Report on vaccination in Madras 1904-1921 - 1904-1921
Year: 1904
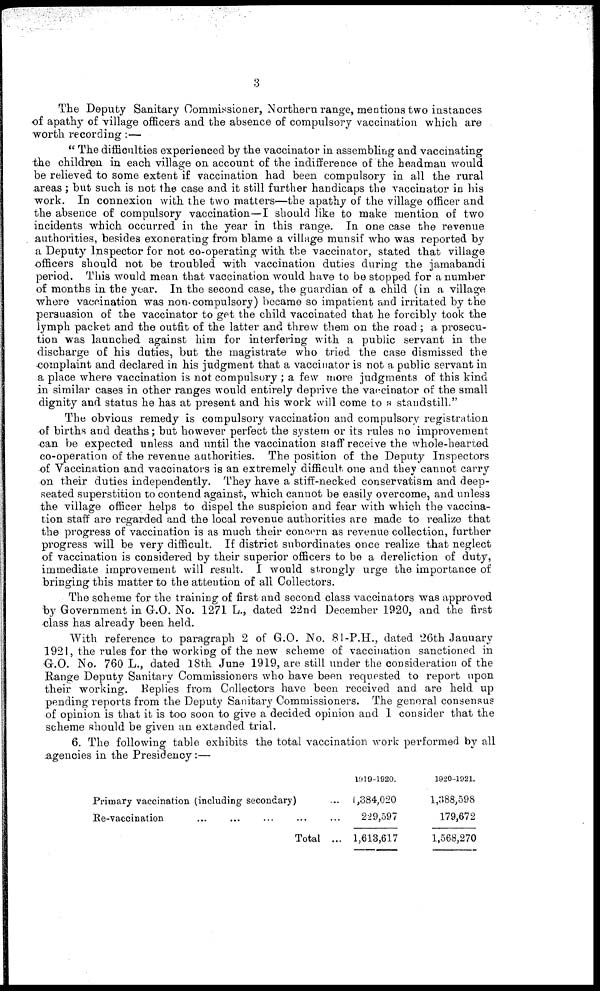
3
The Deputy Sanitary Commissioner, Northern range, mentions two instances
of apathy of village officers and the absence of compulsory vaccination which are
worth recording:—
" The difficulties experienced by the vaccinator in assembling and vaccinating
the children in each village on account of the indifference of the headman would
be relieved to some extent if vaccination had been compulsory in all the rural
areas; but such is not the case and it still further handicaps the vaccinator in his
work. In connexion with the two matters—the apathy of the village officer and
the absence of compulsory vaccination—I should like to make mention of two
incidents which occurred in the year in this range. In one case the revenue
. authorities, besides exonerating from blame a village munsif who was reported by
a Deputy Inspector for not co-operating with the vaccinator, stated that village
officers should not be troubled with vaccination duties during the jamabandi
period. This would mean that vaccination would have to be stopped for a number
of months in the year. In the second case, the guardian of a child (in a village
where vaccination was non compulsory) became so impatient and irritated by the
persuasion of the vaccinator to get the child vaccinated that he forcibly took the
lymph packet and the outfit of the latter and threw them on the road ; a prosecu-
tion was launched against him for interfering with a public servant in the
discharge of his duties, but the magistrate who tried the case dismissed the
complaint and declared in his judgment that a vaccinator is not a public servant in
a place where vaccination is not compulsory ; a few more judgments of this kind
in similar cases in other ranges would entirely deprive the vaccinator of the small
dignity and status he has at present and his work will come to a standstill."
The obvious remedy is compulsory vaccination and compulsory registration
of births and deaths ; but however perfect the system or its rules no improvement
can be expected unless and until the vaccination staff receive the whole-hearted
co-operation of the revenue authorities. The position of the Deputy Inspectors
of Vaccination and vaccinators is an extremely difficult one and they cannot carry
on their duties independently. They have a stiff-necked conservatism and deep-
seated superstition to contend against, which cannot be easily overcome, and unless
the village officer helps to dispel the suspicion and fear with which the vaccina-
tion staff are regarded and the local revenue authorities are made to realize that
the progress of vaccination is as much their concern as revenue collection, further
progress will be very difficult. If district subordinates once realize that neglect
of vaccination is considered by their superior officers to be a dereliction of duty,
immediate improvement will result. I would strongly urge the importance of
bringing this matter to the attention of all Collectors.
The scheme for the training of first and second class vaccinators was approved
by Government in G.O. No. 1271 L., dated 22nd December 1920, and the first
class has already been held.
With reference to paragraph 2 of G.O. No. 81-P.H., dated 26th January
1921, the rules for the working of the new scheme of vaccination sanctioned in
G.O. No. 760 L., dated 18th June 1919, are still under the consideration of the
Range Deputy Sanitary Commissioners who have been requested to report upon
their working. Replies from Collectors have been received and are held up
pending reports from the Deputy Sanitary Commissioners. The general consensus
of opinion is that it is too soon to give a decided opinion and I consider that the
scheme should be given an extended trial.
6. The following table exhibits the total vaccination work performed by all
agencies in the Presidency:—
Primary vaccination (including secondary)
Re-vaccination
Total ...
1919-1920.
1,384,020
229,597
1,613,617
1920-1921.
1,388,598
179,672
1,568,270